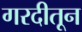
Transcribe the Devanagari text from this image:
गरदीतून